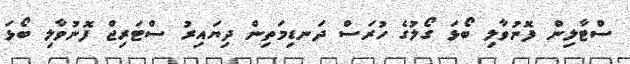
ސްޓާލިން ފޮނުވާލި ބޯޅަ ގޯލުގެ ހުރަސް ދަނޑިމަތިން ދިޔައިރު ސްޓަރިޖް ފޮނުވާލި ބޯޅަ